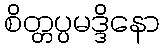
စိတ္တပ္ပမဒ္ဒိနော